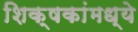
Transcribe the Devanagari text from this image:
शिक्षकांमध्ये